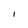
Character: l